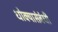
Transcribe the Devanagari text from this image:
धोक्यासंबंधी